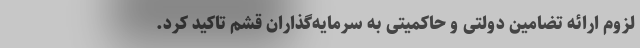
لزوم ارائه تضامین دولتی و حاکمیتی به سرمایه‌گذاران قشم تاکید کرد.